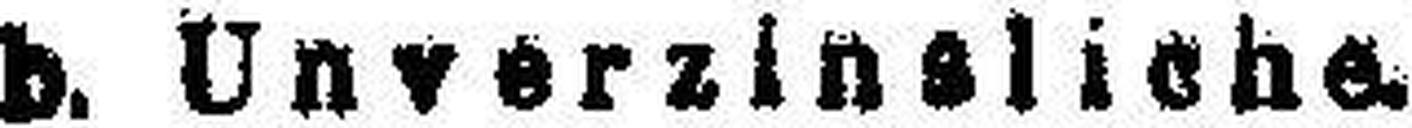
b. Unverzinsliche.